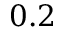
0 . 2 \hphantom { 0 0 0 0 }